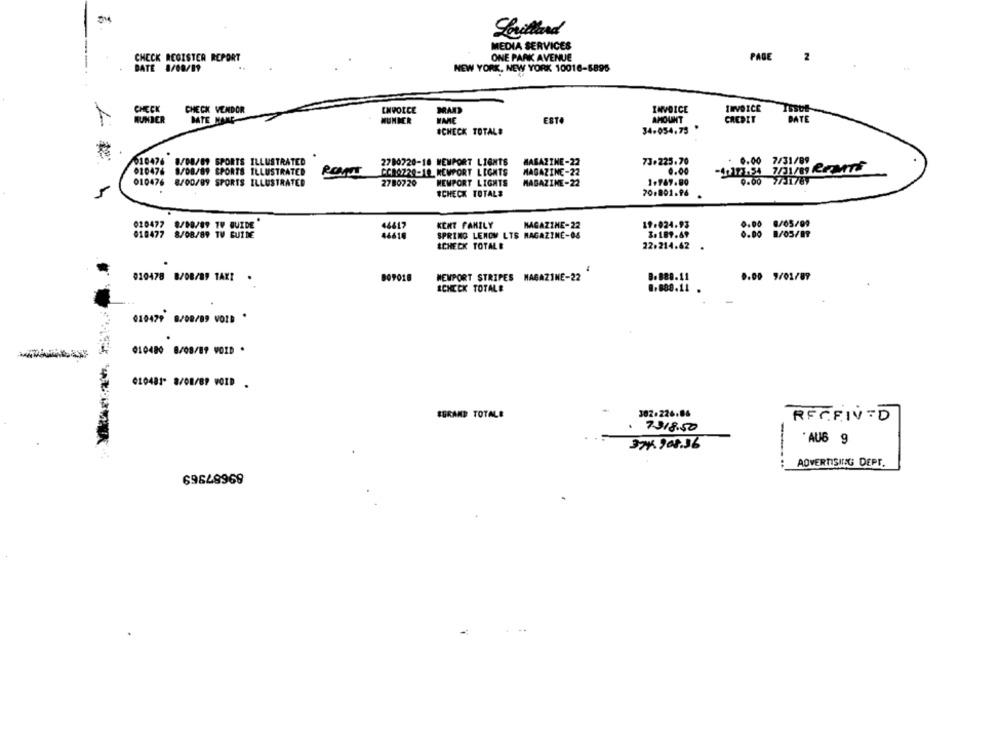
Lorillard
MEDIA SERVICES
CHECK REGISTER REPORT
ONE PARK AVENUE
PAGE
2
BATE 8/08/19
NEW YORK, NEW YORK 10016-6896
CHECK
CHECK VENDOR
EMVOICE
MAD
INVOICE
WUNDER
DATE MAND
WARE
ESTO
AMOUNT
CREDIT
BATE
WUNDER
SCHECK TOTAL#
34.054.73
2010476 8/08/89 SPORTS ILLUSTRATED
2780720-18 NEWPORT LIGHTS
MAGAZINE-22
73.225.70
- 0.00 7/31/89
010476 8/08/89 SPORTS ILLUSTRATED
ROM
CC80220-10, NEWPORT LIGHTS
0.00
-41173.54 7/31/89 REMITS
MAGAZINE-22
010476 8/00/89 SPORTS ILLUSTRATED
2780720
NEWPORT LIGHTS
MAGAZINE-22
1.969.80
0.00 77:1787
5
#CHECK TOTAL#
70.891.96
8/05/09
010477 8/08/89 1V QUIDE
14617
KENT FAMILY
MAGAZINE-22
19-024.93
0,00
010477 8/08/89 TV GUIDE
SPRING LENOW LTS MAGAZINE-08
3.189.69
0.00
1/05/89
22.214.62
SCHECK TOTALE
.
010478 8/08/89 TAXI
NEWPORT STRIPES MAGAZINE-22
B.888.11
0.00 9/01/89
ICHECK TOTALE
0.888.11
010479 8/08/09 VOID *
010480 8/08/89 VOID .
010481- 8/08/89 VOID .
SGRAND TOTALE
302.226.86
RECEIVED
7.318.50
37. 908.56
'AU6 9
89687969
ADVERTISING DEPE.